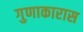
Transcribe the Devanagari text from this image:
गुणाकारास